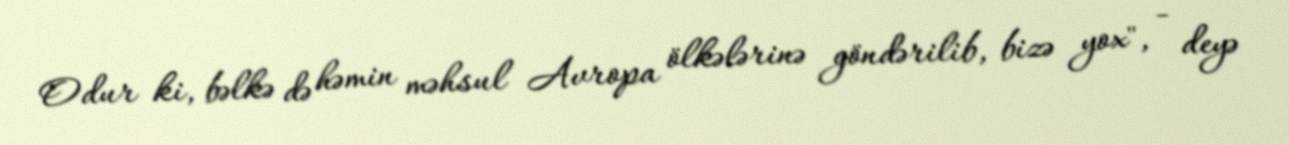
Odur ki, bəlkə də həmin məhsul Avropa ölkələrinə göndərilib, bizə yox", - deyə